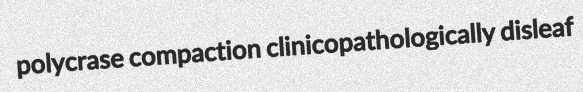
polycrase compaction clinicopathologically disleaf